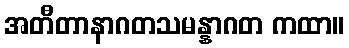
အတီတာနာဂတသမန္နာဂတ ကထာ။